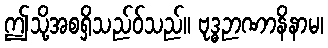
ဤသို့အစရှိသည်ဝ်သည်။ ဗုဒ္ဓဉာဏာနိနာမ၊